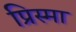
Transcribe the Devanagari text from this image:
प्रिस्मा